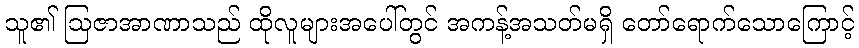
သူ၏ ဩဇာအာဏာသည် ထိုလူများအပေါ်တွင် အကန့်အသတ်မရှိ တော်ရောက်သောကြောင့်